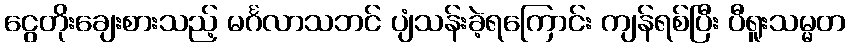
ငွေတိုးချေးစားသည့် မင်္ဂလာသဘင် ပျံသန်းခဲ့ရကြောင်း ကျန်ရစ်ပြီး ပီရူးသမ္မတ